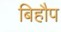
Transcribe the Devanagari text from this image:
बिहौप